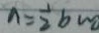
n = \frac { 1 } { 2 } b m